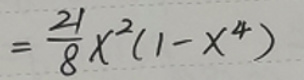
\[
=\frac{21}{8}x^{2}(1 - x^{4})
\]